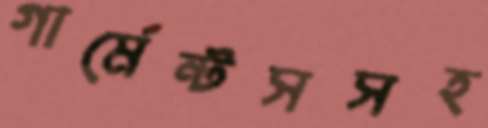
গার্মেন্টসসহ